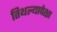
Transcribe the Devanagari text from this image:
तिथल्यापेक्षा